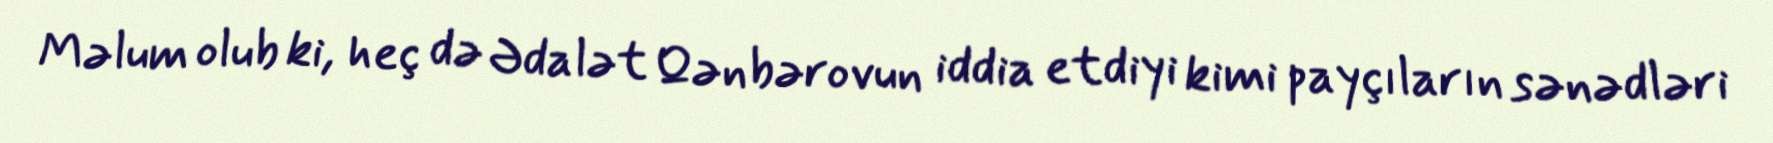
Məlum olub ki, heç də Ədalət Qənbərovun iddia etdiyi kimi payçıların sənədləri